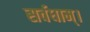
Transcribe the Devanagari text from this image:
सर्वधाम्‌।